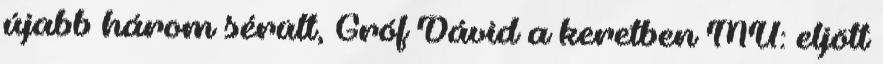
újabb három sérült, Gróf Dávid a keretben MU: eljött